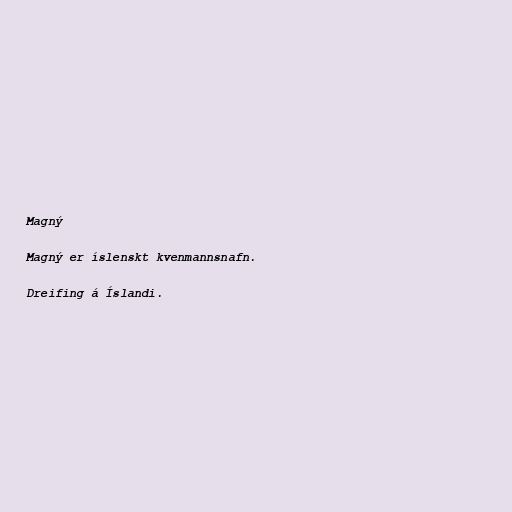
Magný

Magný er íslenskt kvenmannsnafn.

Dreifing á Íslandi.